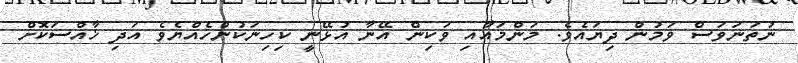
ނުތަނަވަސް ވަމުން ދިޔައެވެ. މަންމައާއި ވަކިން އޭނާ އުޅޭނީ ކިހިނަކުންހެއްޔެވެ އަދި ޚާއްސަކޮށް